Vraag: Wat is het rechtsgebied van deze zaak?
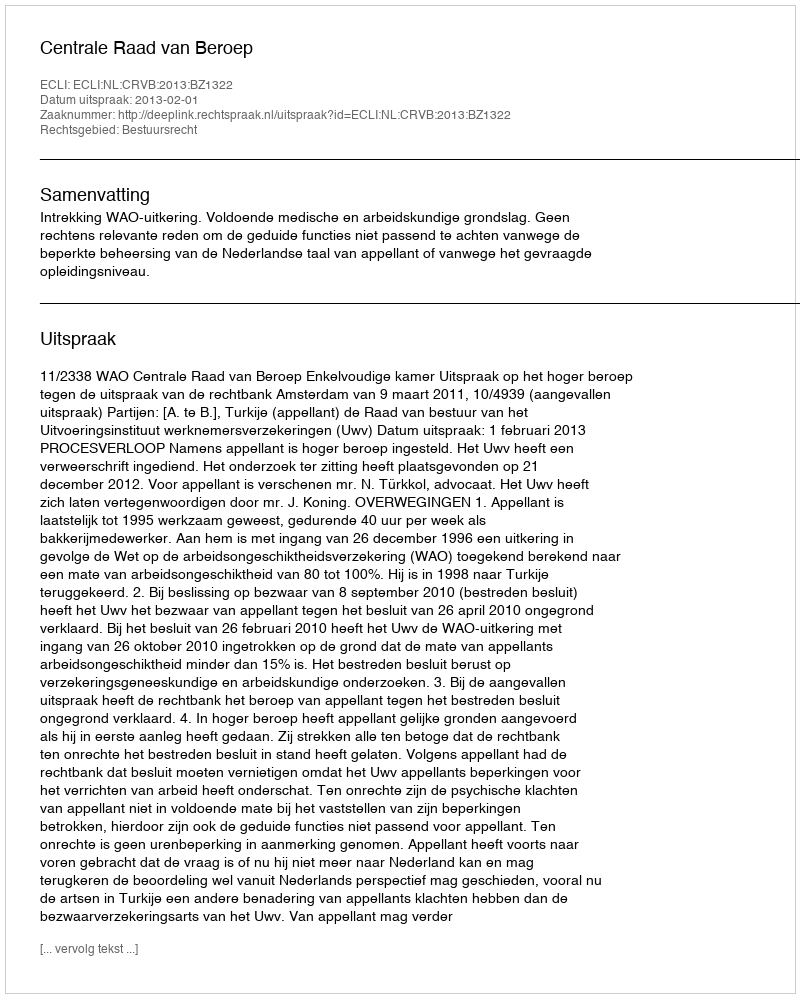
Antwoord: Bestuursrecht